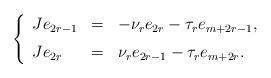
LaTeX: \begin{align*}\left\{\begin{array}{lcl}Je_{2r-1} & = & -\nu_r e_{2r}-\tau_re_{m+2r-1}, \medskip \\Je_{2r} & = & \nu_r e_{2r-1}-\tau_re_{m+2r}.\end{array}\right.\end{align*}